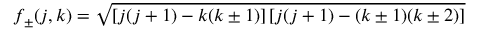
f _ { \pm } ( j , k ) = \sqrt { \left[ j ( j + 1 ) - k ( k \pm 1 ) \right] \left[ j ( j + 1 ) - ( k \pm 1 ) ( k \pm 2 ) \right] }